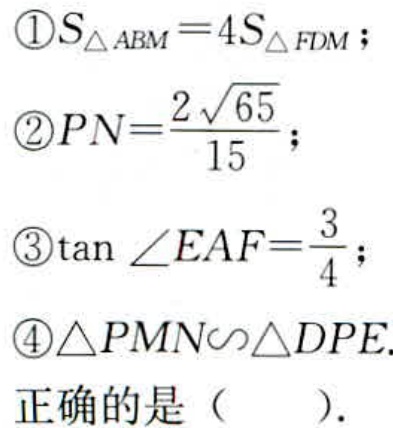
\textcircled{1}$S_{\triangle ABM}=4S_{\triangle FDM}$；
\textcircled{2}$PN = \frac{2\sqrt{65}}{15}$；
\textcircled{3}$\tan\angle EAF=\frac{3}{4}$；
\textcircled{4}$\triangle PMN\sim\triangle DPE$.
正确的是（  ）.